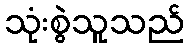
သုံးစွဲသူသည်